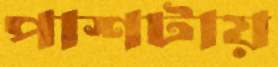
পাশটায়